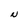
Character: N